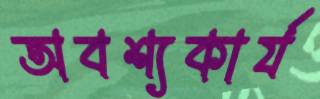
অবশ্যকার্য